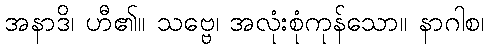
အနာဒိ၊ ဟီ၏။ သဗ္ဗေ၊ အလုံးစုံကုန်သော။ နာဂါစ၊